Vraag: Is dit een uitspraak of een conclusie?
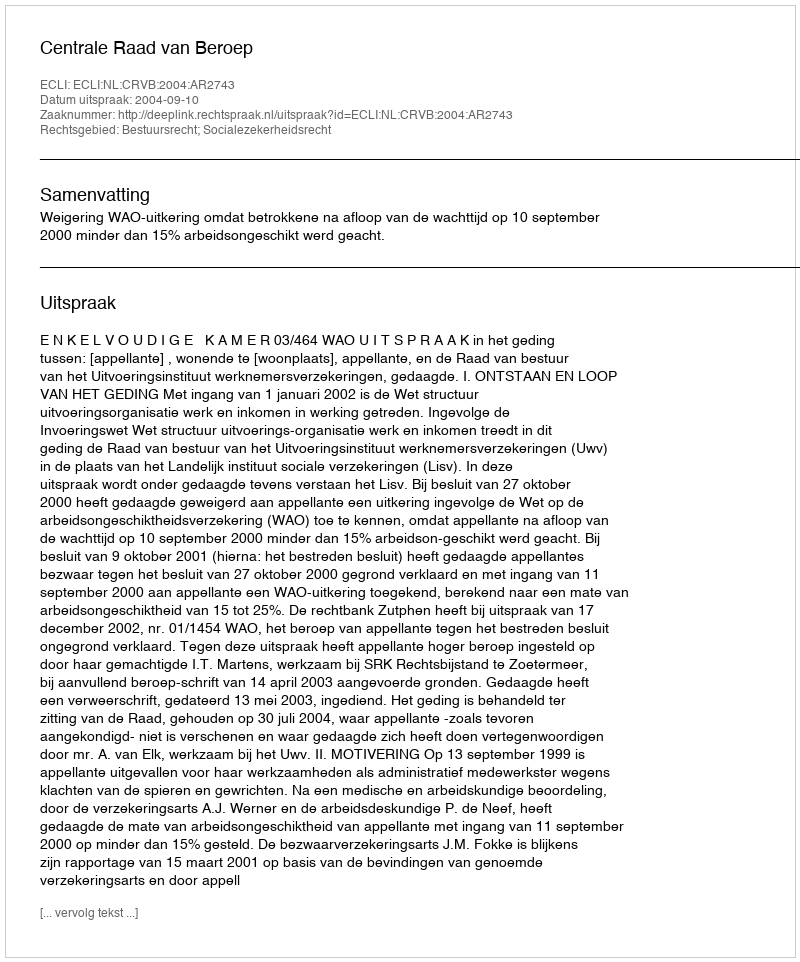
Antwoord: Uitspraak